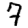
Digit: 7